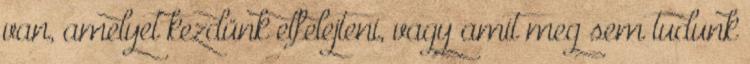
van, amelyet kezdünk elfelejteni, vagy amit meg sem tudunk